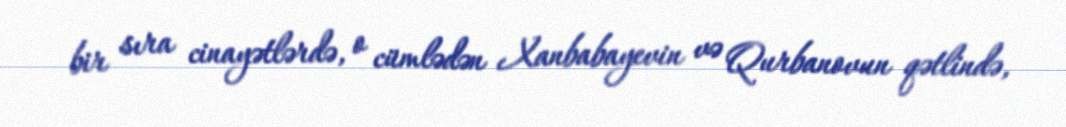
bir sıra cinayətlərdə, o cümlədən Xanbabayevin və Qurbanovun qətlində,